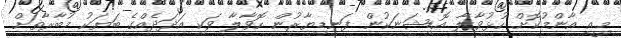
މިއީ އާންމުކޮށް ހުޅުވާލާ އޮޑިޝަނަކުން ފަނޑިޔާރުން ހޮވާލާ ވަކި އަދަދެއްގެ ބަޔަކު މުބާރާތަށް